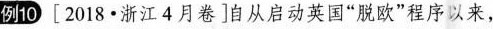
例10 [2018.浙江4月卷]自从启动英国”脱欧”程序以来，